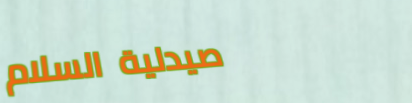
صيدلية السلام